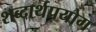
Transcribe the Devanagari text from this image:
शब्दार्थप्रयोग